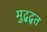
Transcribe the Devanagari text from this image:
मुद्द्त